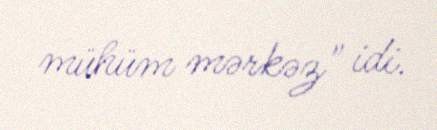
mühüm mərkəz" idi.